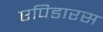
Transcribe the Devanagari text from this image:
एपिडारस